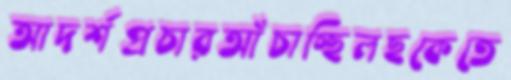
আদর্শপ্রচারআঁচাচ্ছিলছকেতে